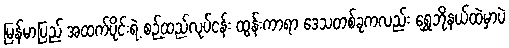
မြန်မာပြည် အထက်ပိုင်းရဲ့ စဉ့်ထည်လုပ်ငန်း ထွန်းကာရာ ဒေသတစ်ခုကလည်း ရွှေဘိုနယ်ထဲမှာပဲ